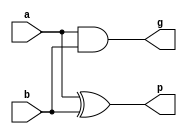
module Square_red(
    output signed p,
    output signed g,
    input signed a,
    input signed b
);

xor(p,a,b);
and(g,a,b);

endmodule